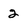
Character: 2